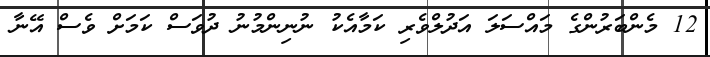
12 މެންބަރުންގެ މައްސަލަ އަދުލްވެރި ކަމާއެކު ނުނިންމުނު ދުވަސް ކަމަށް ވެސް އޭނާ